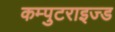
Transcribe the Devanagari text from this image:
कम्पुटराइज्ड